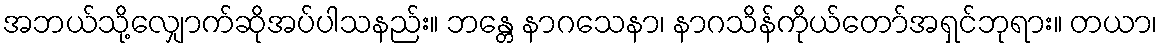
အဘယ်သို့လျှောက်ဆိုအပ်ပါသနည်း။ ဘန္တေ နာဂသေနာ၊ နာဂသိန်ကိုယ်တော်အရှင်ဘုရား။ တယာ၊